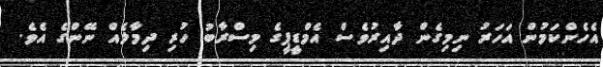
އެހެންކަމުން އަހަރު ނިމިގެން ދާއިރުވެސް އެމްޑީޕީގެ މިސްރާބު ހުރި ދިމާލެއް ނޭންގެ އެވެ.